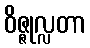
ဝိဇ္ဇုလ္လတာ